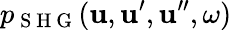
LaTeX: p_{\mathrm{~S~H~G~}}(\boldsymbol{\mathbf{u}},\boldsymbol{\mathbf{u}}^{\prime},\boldsymbol{\mathbf{u}}^{\prime\prime},\omega)